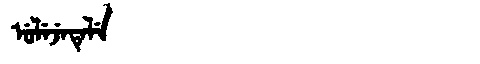
Manchu: ᡠᠯᡝᠵᡝᡨᡝᠯᡝ
Romanization: ULEJETELE